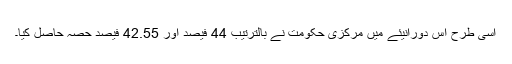
اسی طرح اس دورانیئے میں مرکزی حکومت نے بالترتیب 44 فیصد اور 42.55 فیصد حصہ حاصل کیا۔